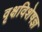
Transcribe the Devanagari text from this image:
वृक्षविशेषज्ञ